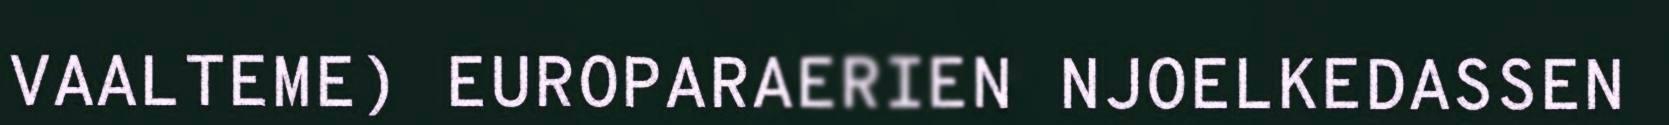
VAALTEME) EUROPARAERIEN NJOELKEDASSEN